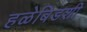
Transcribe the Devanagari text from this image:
हळेबिडशी